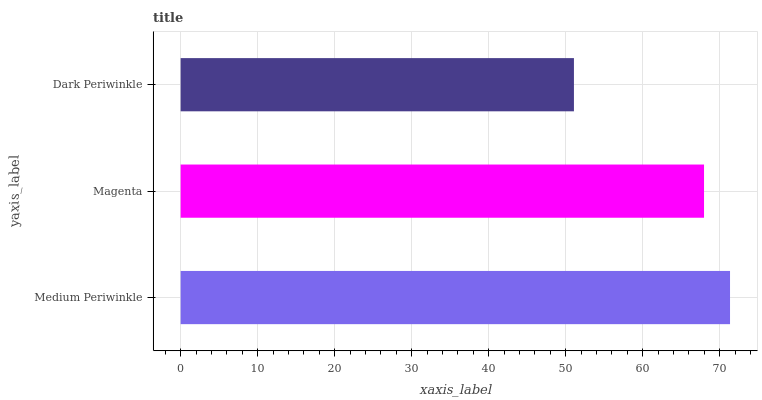
| yaxis_label | bars |
 | --- | --- |
 | Medium Periwinkle | 71.4 |
 | Magenta | 68 |
 | Dark Periwinkle | 51.1 |